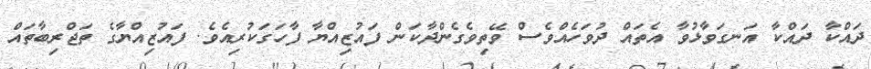
ދައްކާ ދައްކާ އަނގަވާޅުވާ އެތައް ދުވަހެއްވެސް ވޭތިވެގެންދާކަން ފައުޒިއްޔާ ފާހަަގަކުރިއެވެ. ފައުޒިއްޔާގެ ތަޖްރިބާތައް